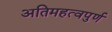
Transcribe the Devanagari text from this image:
अतिमहत्‍वपुर्ण